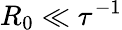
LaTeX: R_{0}\ll\tau^{-1}